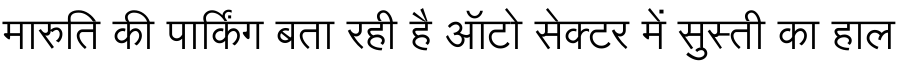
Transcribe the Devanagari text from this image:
मारुति की पार्किंग बता रही है ऑटो सेक्टर में सुस्ती का हाल